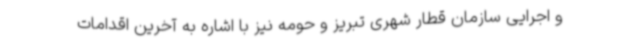
و اجرایی سازمان قطار شهری تبریز و حومه نیز با اشاره به آخرین اقدامات